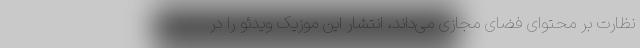
نظارت بر محتوای فضای مجازی می‌داند، انتشار این موزیک ویدئو را در